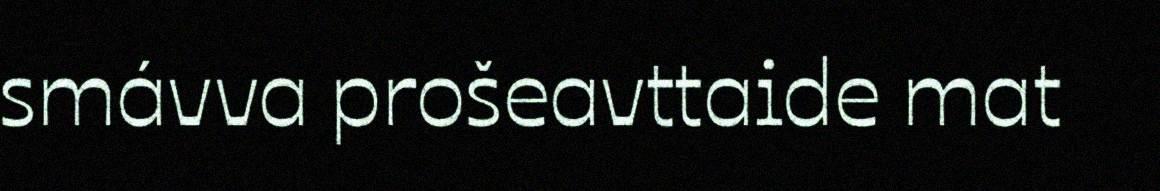
smávva prošeavttaide mat